Vaccination in Bombay 1856-1862 - 1856-1862
Year: 1856
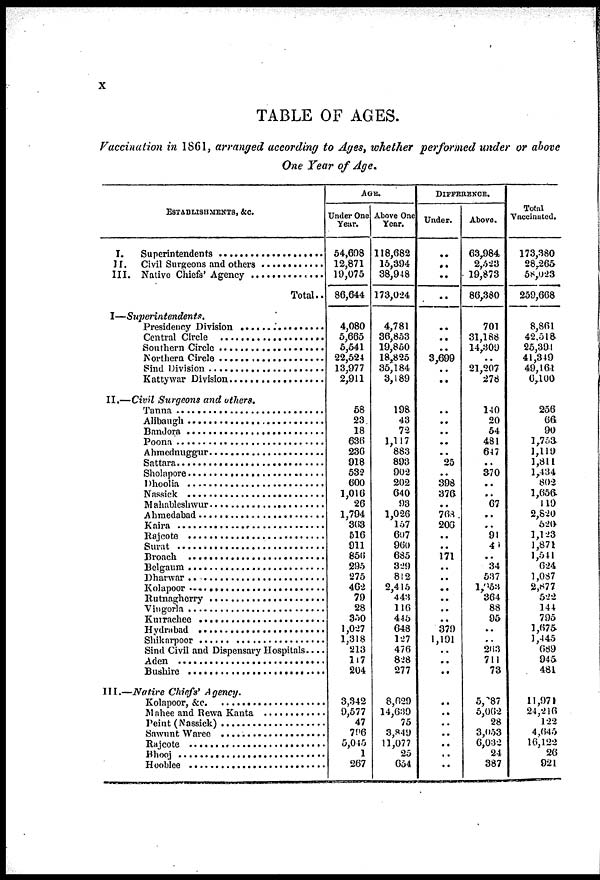
x
TABLE OF AGES.
Vaccination in 1861, arranged according to Ages, whether performed under or above
One Year of Age.
ESTABLISHMENTS. &c.
I. Superintendents ...................
II. Civil Surgeons and other ..............
III. Native Chiefs' Agency .................
Total..
I—Superintendents.
Presidency Division .................
Central Circle .......................
Southern Circle .......................
Norhern Circle ....................
Sind Division ....................
Kattywar Division .................
II.—Civil Surgeons and others.
Tanna ..........................
Alibaugh .....................
Bandora ......................
Poona ............................
Ahmednuggur .......................
Sattara ...........................
Sholapore ........................
Dhoolia ..........................
Nassick .....................
Mahableshwur .....................
Ahmedabad ..........................
Kaira .........................
Rajcote ...........................
Surat ..........................
Broach ........................
Belgaum ..........................
Dharwar .............................
Kolapoor ............................
Rutnagherry .....................
Vingorla ...............................
Kurrachee .........................
Hydrabad ...........................
Shikarpoor ..........................
Sind Civil and Dispensary Hospitals....
Aden ..............................
Bushire .......................
III.—Native Chiefs'
Agency.
Kolapoor, &c. ......................
Mahee and Rewa Kanta ............
Peint (Nassick) ..................
Sawunt Waree ..................
Rajcote ..................
Bhooj ................................
Hoblee ...........................
AGE.
Under One
Year.
54,698
12,871
19,075
86,644
4,080
5,665
5,541
22,524
13,977
2,911
58
23
18
636
236
918
532
600
1,016
26
1,794
363
516
911
856
295
275
46-2
79
28
350
1,027
1,318
213
177
204
3,342
9,577
47
706
5,045
1
267
Above One
Year.
118,682
15,394
38,948
173,024
4,781
36,853
19,850
18,825
35,184
3,189
198
43
72
1,117
883
893
902
202
640
93
1,026
157
607
960
685
329
812
2,415
443
116
445
648
127
476
828
277
8,629
14,639
75
3,849
11,077
25
654
DIFFERENCE.
Under.
..
..
..
..
..
..
..
3,699
..
..
..
..
..
..
..
25
..
398
376
..
768
206
..
..
171
..
..
..
..
..
..
379
1,191
..
..
..
..
..
..
..
..
..
..
Above.
63,984
2,523
19,873
86,380
701
31,188
14,309
..
21,207
278
140
20
54
481
647
..
370
..
..
67
..
..
91
40
..
34
537
1,053
364
88
95
..
..
263
711
73
5,287
5,062
28
3,053
6,032
24
387
Total
Vaccinated.
173,380
28,265
58,023
259,668
8,861
42,518
25,394
41,349
49,161
6,100
256
66 90
1,753
1,119
1,811
1,434
802
1,656
119
2,820
620
1,123
1,871
1,541
624
1,087
2,877
522
144
795
1,675
1,445
689
945
481
11,971
24,216
122
4,645
16,122
26
921